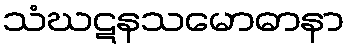
သံဃဋနသမောဓာနာ